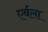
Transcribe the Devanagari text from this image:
एर्वला